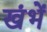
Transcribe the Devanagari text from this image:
खंभें